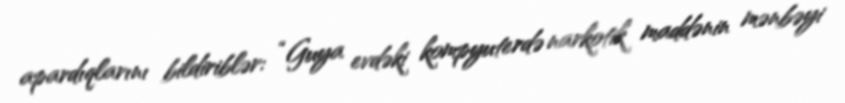
apardıqlarını bildiriblər: “Guya evdəki kompyuterdə narkotik maddənin mənbəyi